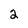
Character: 2